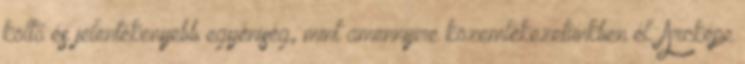
költő és jelentékenyebb egyéniség, mint amennyire közemlékezetünkben él. Arcképe